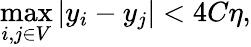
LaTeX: \operatorname*{max}_{i,j\in V}|y_{i}-y_{j}|<4C\eta,